Lunatic asylums Punjab 1895-1910 - 1895-1910
Year: 1895
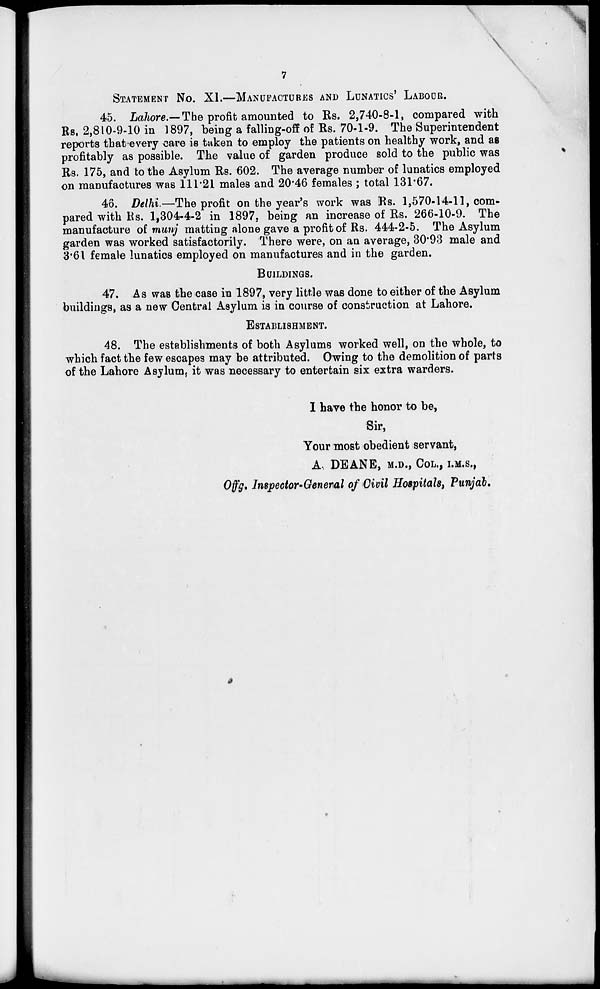
7
STATEMENT NO. XI.—MANUFACTURES AND LUNATICS' LABOUR.
45. Lahore.— The profit amounted to Rs. 2,740-8-1, compared with
Rs. 2,810-9-10 in 1897, being a falling-off of Rs. 70-1-9. The Superintendent
reports that every care is taken to employ the patients on healthy work, and as
profitably as possible. The value of garden produce sold to the public was
Rs. 175, and to the Asylum Rs. 602. The average number of lunatics employed
on manufactures was 111.21 males and 20.46 females ; total 131.67.
46. Delhi.—The profit on the year's work was Rs. 1,570-14-11, com-
pared with Rs. 1,304-4-2 in 1897, being an increase of Rs. 266-10-9. The
manufacture of munj matting alone gave a profit of Rs. 444-2-5. The Asylum
garden was worked satisfactorily. There were, on an average, 30.93 male and
3.61 female lunatics employed on manufactures and in the garden.
BUILDINGS.
47. As was the case in 1897, very little was done to either of the Asylum
buildings, as a new Central Asylum is in course of construction at Lahore.
ESTABLISHMENT.
48. The establishments of both Asylums worked well, on the whole, to
which fact the few escapes may be attributed. Owing to the demolition of parts
of the Lahore Asylum, it was necessary to entertain six extra warders.
I have the honor to be,
Sir,
Your most obedient servant,
A. DEANE, M.D., COL., I.M.S.,
Offg. Inspector-General of Civil Hospitals, Punjab.